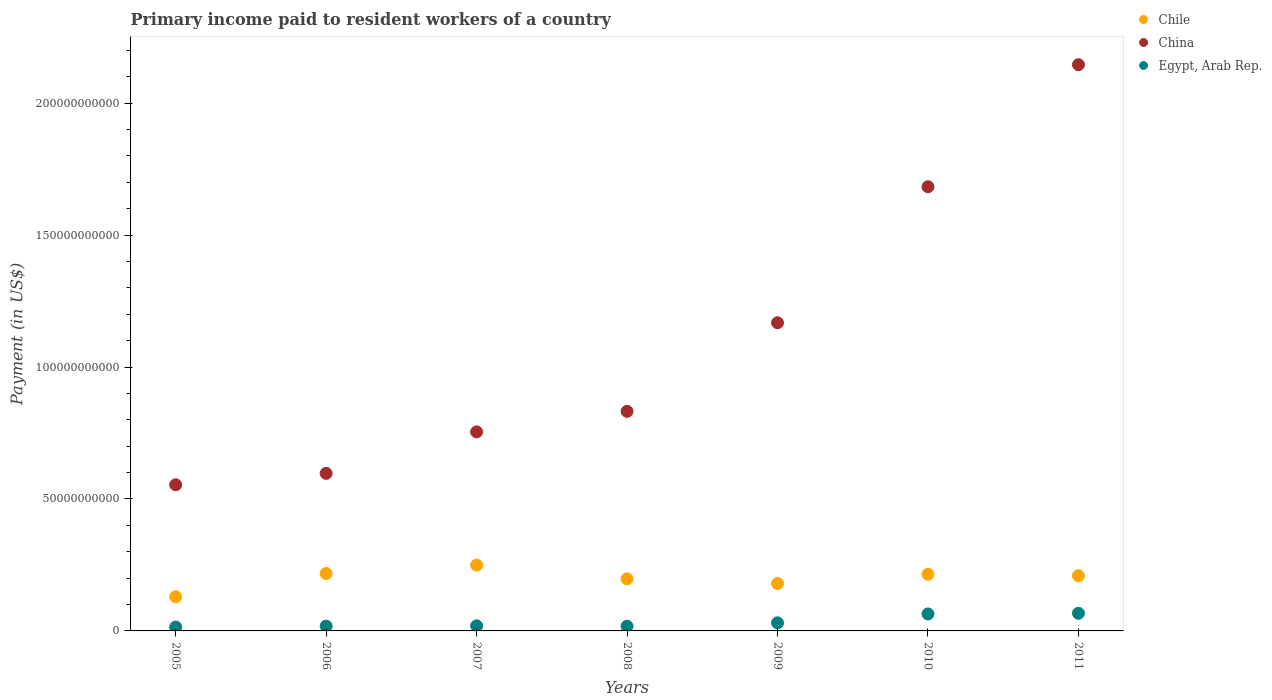
| Years | Chile | China | Egypt, Arab Rep. |
 | --- | --- | --- | --- |
 | 2005 | 1.29e+10 | 5.54e+10 | 1.46e+09 |
 | 2006 | 2.18e+10 | 5.97e+10 | 1.82e+09 |
 | 2007 | 2.49e+10 | 7.54e+10 | 1.92e+09 |
 | 2008 | 1.97e+10 | 8.32e+10 | 1.78e+09 |
 | 2009 | 1.8e+10 | 1.17e+11 | 3.07e+09 |
 | 2010 | 2.15e+10 | 1.68e+11 | 6.45e+09 |
 | 2011 | 2.09e+10 | 2.15e+11 | 6.69e+09 |